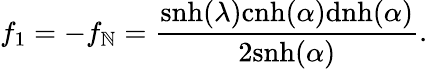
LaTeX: f_{1}=-f_{\mathbb{N}}=\frac{{\mathrm{{snh}}(\lambda)\mathrm{{cnh}}(\alpha)\mathrm{{dnh}}(\alpha)}}{{2\mathrm{{snh}}(\alpha)}}.